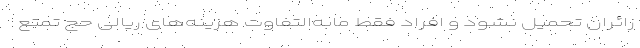
زائران تحمیل نشود و افراد فقط مابه‌التفاوت هزینه‌های ریالی حج تمتع